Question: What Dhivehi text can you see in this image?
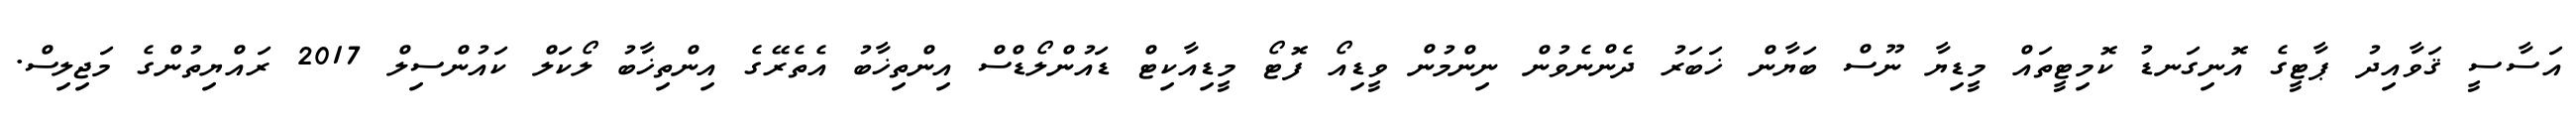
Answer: އަސާސީ ޤަވާއިދު ޕާޓީގެ އޮނިގަނޑު ކޮމިޓީތައް މީޑިޔާ ނޫސް ބަޔާން ޚަބަރު ދެންނެވުން ނިންމުން ވީޑިއޯ ފޮޓޯ މީޑިއާކިޓް ޑައުންލޯޑްސް އިންތިޚާބު އެތެރޭގެ އިންތިޚާބު ލޯކަލް ކައުންސިލް 2017 ރައްޔިތުންގެ މަޖިލިސް.